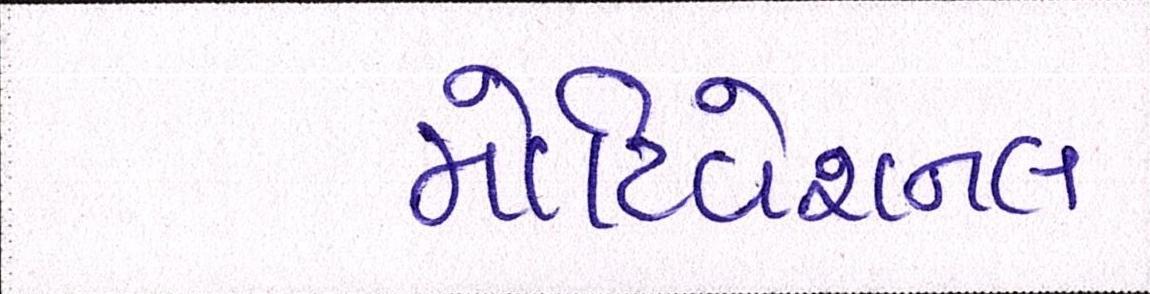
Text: મોટિવેશનલ